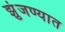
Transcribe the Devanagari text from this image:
झुंजण्यात